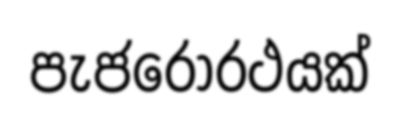
පැජරෝරථයක්